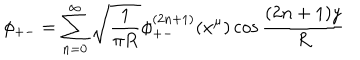
\phi _ { + - } = \sum _ { n = 0 } ^ { \infty } \sqrt { \frac { 1 } { \pi R } } \phi _ { + - } ^ { ( 2 n + 1 ) } ( x ^ { \mu } ) \cos \frac { ( 2 n + 1 ) y } { R }